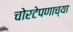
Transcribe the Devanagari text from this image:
चोरटेपणाच्या